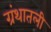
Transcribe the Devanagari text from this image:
ग्रंथातली